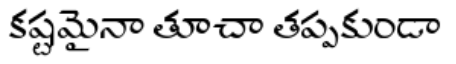
కష్టమైనా తూచా తప్పకుండా